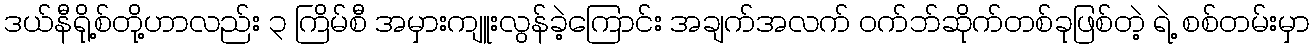
ဒယ်နီရို့စ်တို့ဟာလည်း ၃ ကြိမ်စီ အမှားကျူးလွန်ခဲ့ကြောင်း အချက်အလက် ဝက်ဘ်ဆိုက်တစ်ခုဖြစ်တဲ့ ရဲ့ စစ်တမ်းမှာ